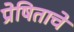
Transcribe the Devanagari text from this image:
प्रेषिताचे